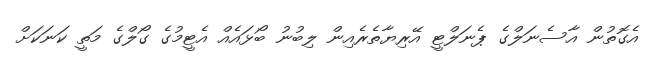
އެގޮތުން އާސެނަލްގެ ޕެނަލްޓީ އޭރިޔާތެރެއިން ލިބުނު ބޯޅައެއް އެޓީމުގެ ގޯލްގެ މަތީ ކަނަކަށް